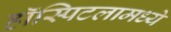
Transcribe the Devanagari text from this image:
हॉस्पिटलामध्ये